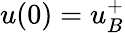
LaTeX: u(0)=u_{B}^{+}